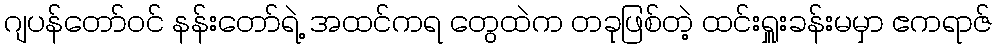
ဂျပန်တော်ဝင် နန်းတော်ရဲ့ အထင်ကရ တွေထဲက တခုဖြစ်တဲ့ ထင်းရှူးခန်းမမှာ ဧကရာဇ်